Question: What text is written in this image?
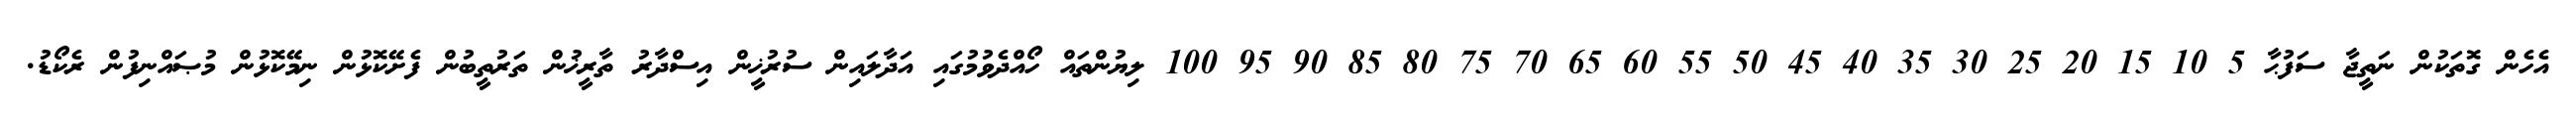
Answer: އެހެން ގޮތަކުން ނަތީޖާ ސަފުޙާ 5 10 15 20 25 30 35 40 45 50 55 60 65 70 75 80 85 90 95 100 ލިޔުންތައް ހޯއްދެވުމުގައި އަދާލައިން ސުރުޚީން އިސްދާރު ތާރީޚުން ތަރުތީބުން ފެށޭކޮޅުން ނިމޭކޮޅުން މުޞައްނިފުން ރެކޯޑު.